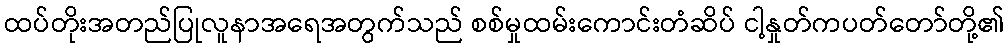
ထပ်တိုးအတည်ပြုလူနာအရေအတွက်သည် စစ်မှုထမ်းကောင်းတံဆိပ် ငါ့နှုတ်ကပတ်တော်တို့၏